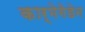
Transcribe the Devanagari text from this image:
कार्मेगेडेन